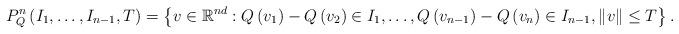
LaTeX: \begin{align*}P_{Q}^{n}\left(I_{1},\dots,I_{n-1},T\right)=\left\{ v\in\mathbb{R}^{nd}:Q\left(v_{1}\right)-Q\left(v_{2}\right)\in I_{1},\dots,Q\left(v_{n-1}\right)-Q\left(v_{n}\right)\in I_{n-1},\left\Vert v\right\Vert \leq T\right\} .\end{align*}